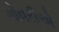
ગોવરીએ